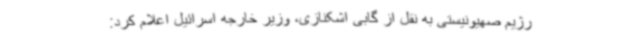
رژیم صهیونیستی به نقل از گابی اشکنازی، وزیر خارجه اسرائیل اعلام کرد: